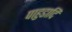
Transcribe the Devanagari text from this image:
पाहुडादि